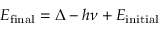
E _ { \mathrm { f i n a l } } = \Delta - h \nu + E _ { \mathrm { i n i t i a l } }